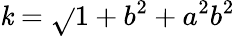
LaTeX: \mathit{k}=\sqrt{}{{1+b^{2}+a^{2}b^{2}}}